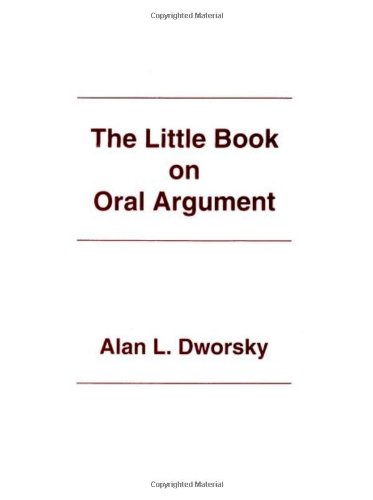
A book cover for The Little Book on Oral Argument; Alan L. Dworsky; Law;